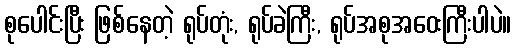
စုပေါင်းပြီး ဖြစ်နေတဲ့ ရုပ်တုံး, ရုပ်ခဲကြီး, ရုပ်အစုအဝေးကြီးပါပဲ။